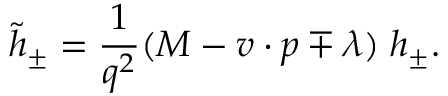
\tilde { h } _ { \pm } = \frac { 1 } { q ^ { 2 } } ( M - v \cdot p \mp \lambda ) \; h _ { \pm } .